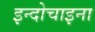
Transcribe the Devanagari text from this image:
इन्दोचाइना